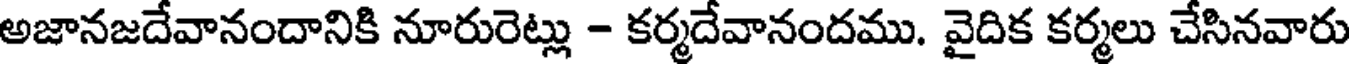
అజానజదేవానందానికి నూరురెట్లు - కర్మదేవానందము. వైదిక కర్మలు చేసినవారు